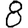
Digit: 8